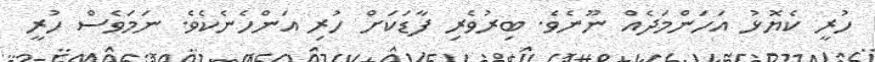
ހުރީ ކެޔޮޅު އަހަންމަދެއް ނޫނެވެ. ބިރުވެރި ފާޑަކަށް ހުރި އަންހެނެކެވެ. ނަމަވެސް ހުރީ